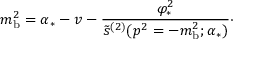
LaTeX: m _ { \mathrm { b } } ^ { 2 } = \alpha _ { * } - v - { \frac { \varphi _ { * } ^ { 2 } } { \tilde { s } ^ { ( 2 ) } ( p ^ { 2 } = - m _ { \mathrm { b } } ^ { 2 } ; \alpha _ { * } ) } } \cdotp